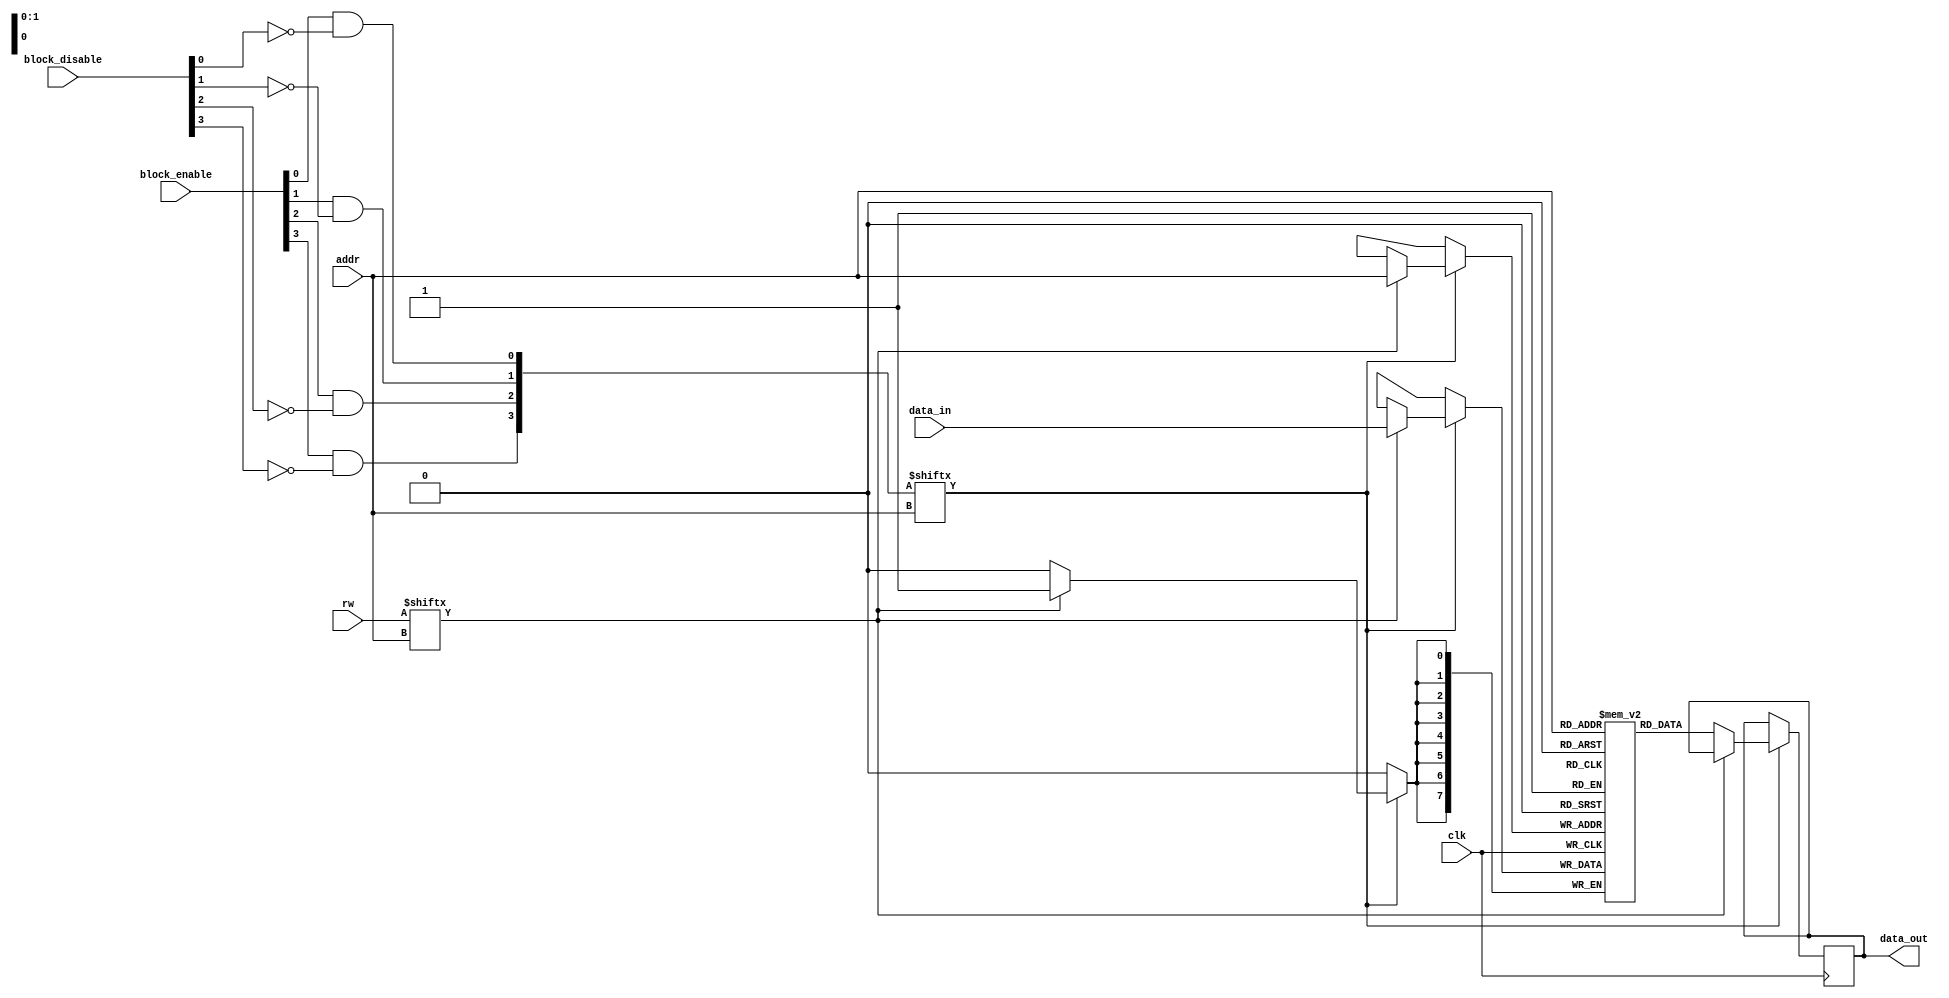
module memory_block_gating #(
    parameter NUM_BLOCKS = 4, // Number of memory blocks
    parameter ADDR_WIDTH = 2,  // Address width for selecting memory blocks
    parameter DATA_WIDTH = 8    // Data width of memory blocks
)(
    input wire clk,                         // System clock
    input wire [ADDR_WIDTH-1:0] addr,      // Address input
    input wire [NUM_BLOCKS-1:0] block_enable, // Block enable signals
    input wire [NUM_BLOCKS-1:0] block_disable, // Block disable signals
    input wire [NUM_BLOCKS-1:0] rw,        // Read/Write control signals
    input wire [DATA_WIDTH-1:0] data_in,   // Data input for write operations
    output reg [DATA_WIDTH-1:0] data_out    // Data output for read operations
);

    // Memory blocks declaration
    reg [DATA_WIDTH-1:0] memory [0:NUM_BLOCKS-1]; // Memory array

    // Gating logic
    wire [NUM_BLOCKS-1:0] block_active;

    // Determine active blocks based on enable/disable signals
    genvar i;
    generate
        for (i = 0; i < NUM_BLOCKS; i = i + 1) begin: block_gating
            assign block_active[i] = block_enable[i] && ~block_disable[i];
        end
    endgenerate

    // Memory operation based on control signals
    always @(posedge clk) begin
        if (block_active[addr]) begin
            if (rw[addr]) begin
                // Write operation
                memory[addr] <= data_in;
            end else begin
                // Read operation
                data_out <= memory[addr];
            end
        end
    end

endmodule